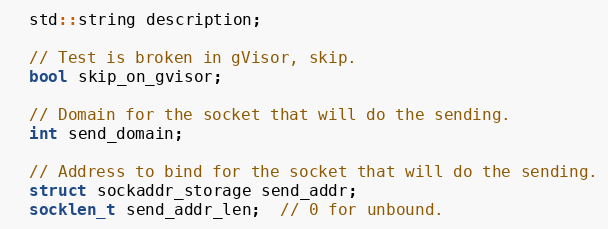
Language: C++
  std::string description;

  // Test is broken in gVisor, skip.
  bool skip_on_gvisor;

  // Domain for the socket that will do the sending.
  int send_domain;

  // Address to bind for the socket that will do the sending.
  struct sockaddr_storage send_addr;
  socklen_t send_addr_len;  // 0 for unbound.